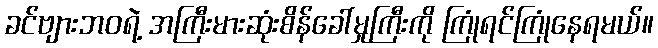
ခင်ဗျားဘဝရဲ့ အကြီးမားဆုံးစိန်ခေါ်မှုကြီးကို ကြုံရင်ကြုံနေရမယ်။